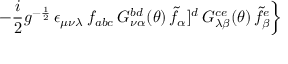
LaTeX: \left. - \frac { i } { 2 } g ^ { - \frac { 1 } { 2 } } \, \epsilon _ { \mu \nu \lambda } \, f _ { a b c } \, G _ { \nu \alpha } ^ { b d } ( \theta ) \, { \tilde { f } } _ { \alpha } ] ^ { d } \, G _ { \lambda \beta } ^ { c e } ( \theta ) \, { \tilde { f } } _ { \beta } ^ { e } \right\}